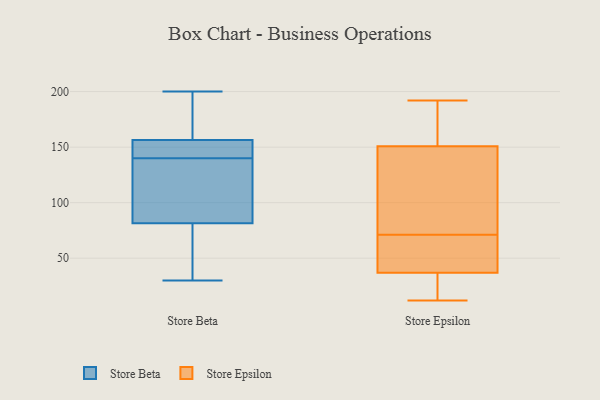
{"axis": {"x": "Inventory Turnover", "y": "Value"}, "legend": ["Store Beta", "Store Epsilon"], "data": [{"x": "", "y": 40, "type": "Store Beta"}, {"x": "", "y": 144, "type": "Store Beta"}, {"x": "", "y": 186, "type": "Store Beta"}, {"x": "", "y": 119, "type": "Store Beta"}, {"x": "", "y": 142, "type": "Store Beta"}, {"x": "", "y": 154, "type": "Store Beta"}, {"x": "", "y": 200, "type": "Store Beta"}, {"x": "", "y": 115, "type": "Store Beta"}, {"x": "", "y": 151, "type": "Store Beta"}, {"x": "", "y": 30, "type": "Store Beta"}, {"x": "", "y": 138, "type": "Store Beta"}, {"x": "", "y": 159, "type": "Store Beta"}, {"x": "", "y": 77, "type": "Store Beta"}, {"x": "", "y": 195, "type": "Store Beta"}, {"x": "", "y": 60, "type": "Store Beta"}, {"x": "", "y": 86, "type": "Store Beta"}, {"x": "", "y": 152, "type": "Store Epsilon"}, {"x": "", "y": 115, "type": "Store Epsilon"}, {"x": "", "y": 96, "type": "Store Epsilon"}, {"x": "", "y": 21, "type": "Store Epsilon"}, {"x": "", "y": 12, "type": "Store Epsilon"}, {"x": "", "y": 36, "type": "Store Epsilon"}, {"x": "", "y": 192, "type": "Store Epsilon"}, {"x": "", "y": 169, "type": "Store Epsilon"}, {"x": "", "y": 40, "type": "Store Epsilon"}, {"x": "", "y": 147, "type": "Store Epsilon"}, {"x": "", "y": 188, "type": "Store Epsilon"}, {"x": "", "y": 24, "type": "Store Epsilon"}, {"x": "", "y": 45, "type": "Store Epsilon"}, {"x": "", "y": 71, "type": "Store Epsilon"}, {"x": "", "y": 45, "type": "Store Epsilon"}, {"x": "", "y": 43, "type": "Store Epsilon"}, {"x": "", "y": 86, "type": "Store Epsilon"}, {"x": "", "y": 165, "type": "Store Epsilon"}, {"x": "", "y": 14, "type": "Store Epsilon"}]}